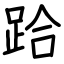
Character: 跲